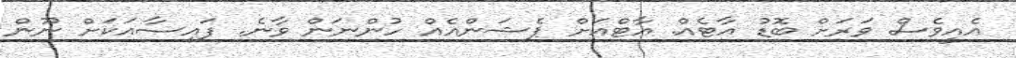
އެއީވެސް ވަރަށް ބޮޑު އާޓެއް. އާޓްއަށް ޕެޝަންއެއް ހުންނަން ވާނެ. ފައިސާއަކަށް ނޫން